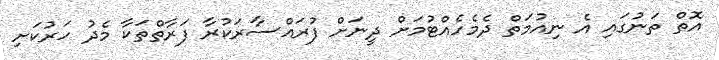
އޮތް ތަނުގައި އެ ނިއުމަތް ދެމެހެއްޓުމަށް ދީނަށް ފުރައްސާރަކުރާ ފަރާތްތަކާ މެދު ހަރުކަށި